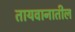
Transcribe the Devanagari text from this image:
तायवानातील